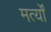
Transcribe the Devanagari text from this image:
मर्त्यों